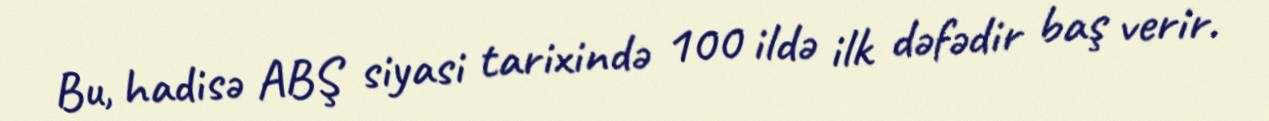
Bu, hadisə ABŞ siyasi tarixində 100 ildə ilk dəfədir baş verir.